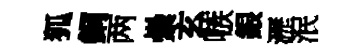
狐銅两纍玄嗾銀瀝泯